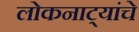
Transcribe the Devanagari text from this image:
लोकनाट्यांचे